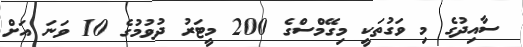
ސާއިދުގެ މި ވަގުތަކީ މިގޭމްސްގެ 200 މީޓަރު ދުވުމުގެ 10 ވަނަ އަށް